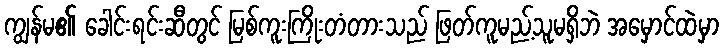
ကျွန်မ၏ ခေါင်းရင်းဆီတွင် မြစ်ကူးကြိုးတံတားသည် ဖြတ်ကူမည့်သူမရှိဘဲ အမှောင်ထဲမှာ